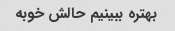
بهتره ببینیم حالش خوبه